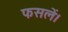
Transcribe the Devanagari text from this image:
फसलें।